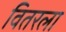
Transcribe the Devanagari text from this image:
वितरला